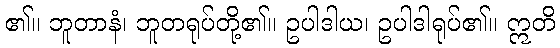
၏။ ဘူတာနံ၊ ဘူတရုပ်တို့၏။ ဥပါဒါယ၊ ဥပါဒါရုပ်၏။ ဣတိ